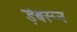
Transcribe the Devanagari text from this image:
ड़ंबरून